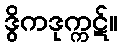
ဒွိကဒုက္ကဋ်။